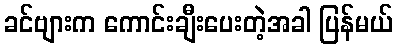
ခင်ဗျားက ကောင်းချီးပေးတဲ့အခါ ပြန်မယ်